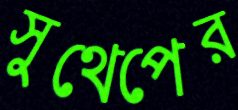
সুথেপের